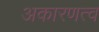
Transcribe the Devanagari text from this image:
अकारणत्व